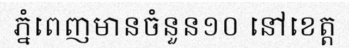
ភ្នំពេញមានចំនួន១០ នៅខេត្ត